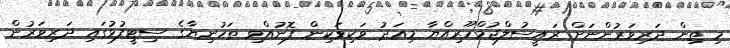
މި ތިން ދަރިވަރުންނަށް ރައީސުލްޖުމްހޫރިއްޔާ މިއަދު ވަކިވަކިން ފޮނުއްވި ތަހުނިޔާގެ ސިޓީފުޅުގައި ދަރިވަރުން